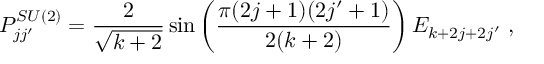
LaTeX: P _ { j j ^ { \prime } } ^ { S U ( 2 ) } = \frac { 2 } { \sqrt { k + 2 } } \sin \left( \frac { \pi ( 2 j + 1 ) ( 2 j ^ { \prime } + 1 ) } { 2 ( k + 2 ) } \right) E _ { k + 2 j + 2 j ^ { \prime } } ~ ,